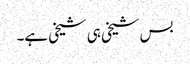
بس شیخی ہی شیخی ہے۔